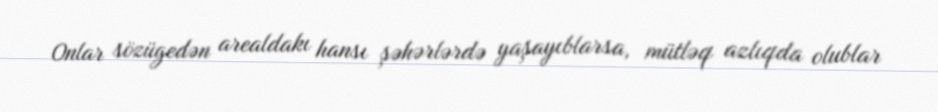
Onlar sözügedən arealdakı hansı şəhərlərdə yaşayıblarsa, mütləq azlıqda olublar